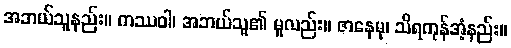
အဘယ်သူနည်း။ ကဿဝါ၊ အဘယ်သူ၏ မူလည်း။ ဇာနေမု၊ သိရကုန်အံ့နည်း။